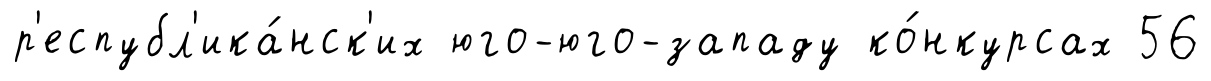
р'еспубл'ика́нск'их юго-юго-западу ко́нкурсах 56